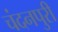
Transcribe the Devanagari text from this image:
चंदनपुरी